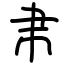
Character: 帇